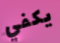
يكفي